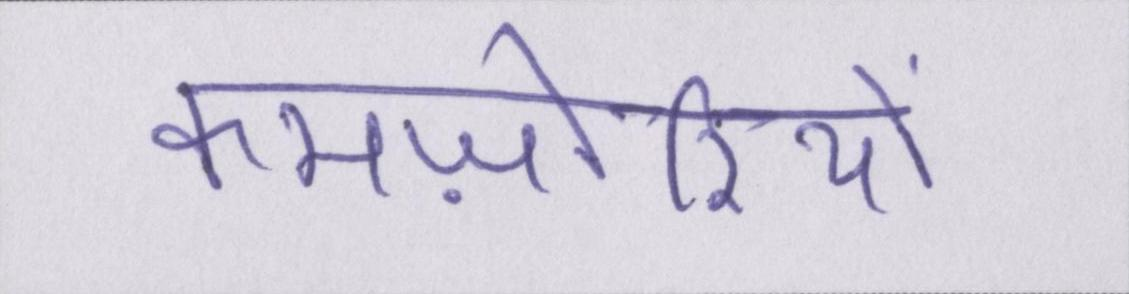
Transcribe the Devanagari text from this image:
कमज़ोरियों